Scottish Leaving Certificate Examination, 1960
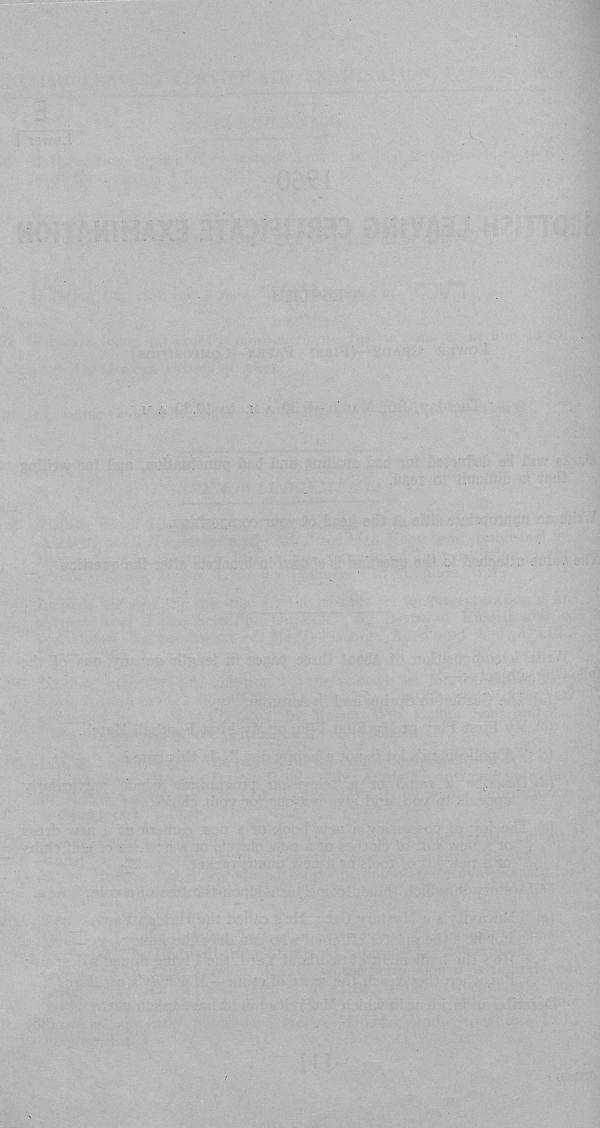
r ■ ■
.
.
mm. .: ■
.
■